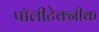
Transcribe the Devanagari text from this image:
पॉलीटेक्नीक